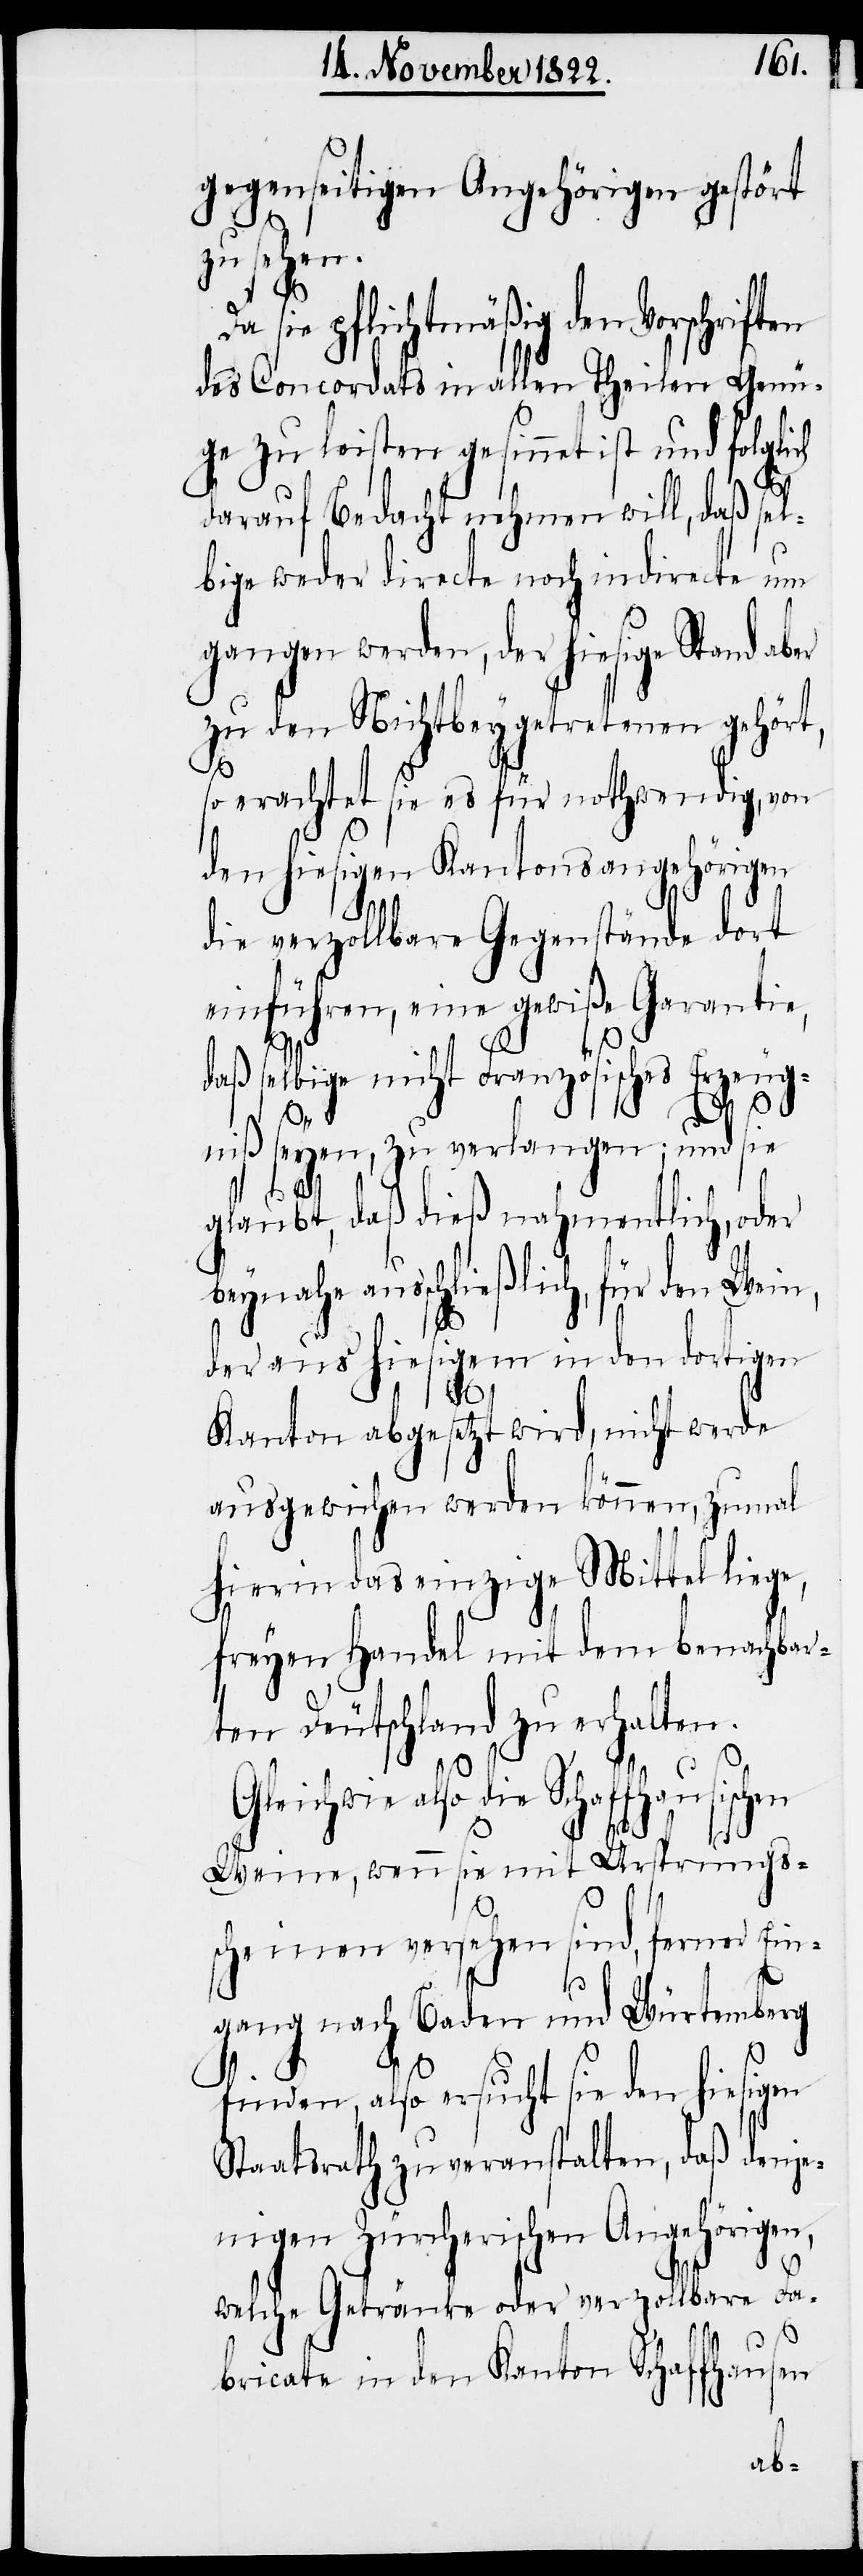
gegenseitigen Angehörigen gestört
zu sehen.
pflichtmäßig den Vorschriften
des Concordats in allen Theilen Genü¬
ge zu leisten gesinnet ist und folglich
darauf Bedacht nehmen will, daß sel¬
bige weder directe noch indirecte um¬
gangen werden, der hiesige Stand aber
zu den Nichtbeygetretenen gehört,
so erachtet sie es für nothwendig, von
den hiesigen Kantonsangehörigen
die verzollbare Gegenstände dort
einführen, eine gewiße Garantie,
daß selbige nicht Französisches Erzeug¬
Da sie
niß seyen, zu verlangen; und sie
glaubt, daß dieß nahmentlich, oder
beynahe ausschließlich, für den Wein,
der aus hiesigem in den dortigen
Kanton abgesetzt wird, nicht werde
ausgewichen werden können, zumal
hierin das einzige Mittel liege,
freyen Handel mit dem benachbar¬
ten Deutschland zu erhalten.
Gleichwie also die
Weine, wenn sie mit Ursprungs¬
scheinen versehen sind, ferner Ein¬
gang nach Baden und Würtemberg
finden, also ersucht sie den hiesigen
Staatsrath zu veranstalten, daß denje¬
nigen Zürcherischen Angehörigen,
welche Getränke oder verzollbare Fa¬
bricate in den Kanton Schaffhausen